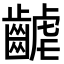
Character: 𪘽